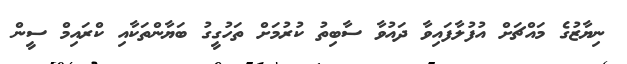
ނިޔާޒުގެ މައްޗަށް އުފުލާފައިވާ ދައުވާ ސާބިތު ކުރުމަށް ތަހުގީގު ބަޔާންތަކާއި ކްރައިމް ސީން